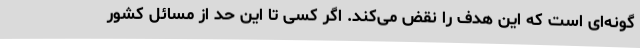
گونه‌ای است که این هدف را نقض می‌کند. اگر کسی تا این حد از مسائل کشور